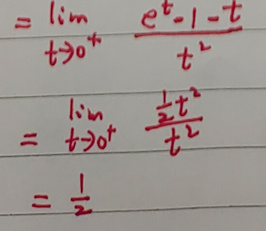
\(=\lim_{t\rightarrow0^{+}}\frac{e^{t}-1 - t}{t^{2}}\)\\
\(=\lim_{t\rightarrow0^{+}}\frac{\frac{1}{2}t^{2}}{t^{2}}\)\\
\(=\frac{1}{2}\)